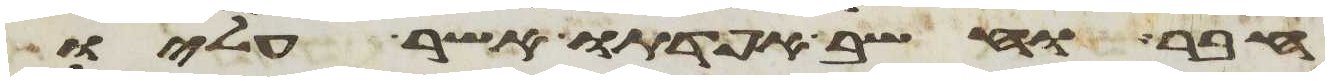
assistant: חבר וחשב אפדתו אשר עליו